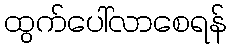
ထွက်ပေါ်လာစေရန်